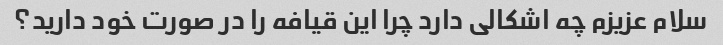
سلام عزیزم چه اشکالی دارد چرا این قیافه را در صورت خود دارید؟